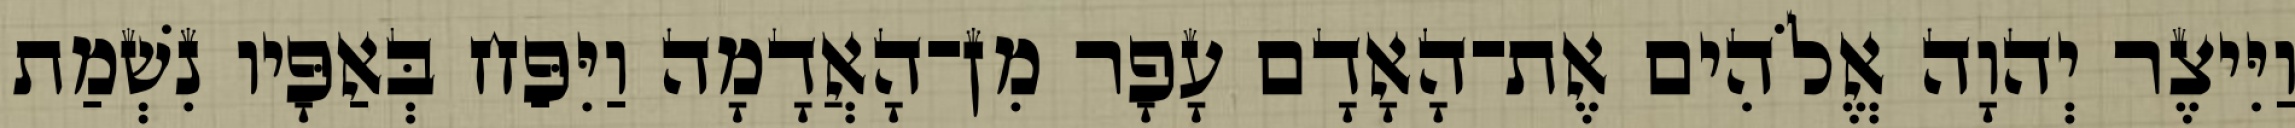
וַיִּיצֶר יְהוָה אֱלֹהִים אֶת־הָאָדָם עָפָר מִן־הָאֲדָמָה וַיִּפַּח בְּאַפָּיו נִשְׁמַת